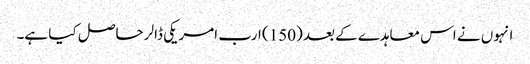
انہوں نے اس معاہدے کے بعد (150) ارب امریکی ڈالر حاصل کیا ہے۔